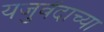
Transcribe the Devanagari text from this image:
यजुवेंदाच्या